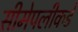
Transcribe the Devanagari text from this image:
सीमेपलीकडे